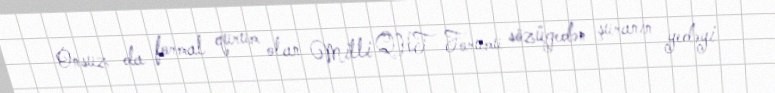
Onsuz da formal qurum olan Milli QHT Forumu sözügedən şuranın yedəyi